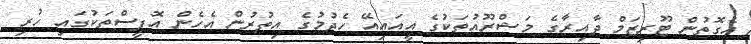
އެގޮތުން ޓޫރިޒަމް ދާއިރާގެ މަޝްރޫއުތަކުގެ އީއައިއޭ ހެދުމުގެ އިތުރުން އެހެން އޮފީސްތަކުގައި ހުރި